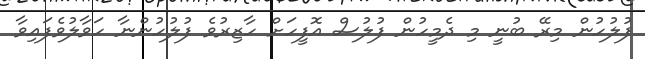
ފުލުހުން މިރޭ ބުނީ މި ދެމީހުން ފުލުސް އޮފީހަށް ހާޒިރުވެ ފުލުހުންނާ ހަވާލުވެފައިވާ